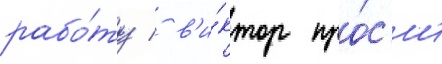
рабо́ту / в'и́ктор про́с'ит